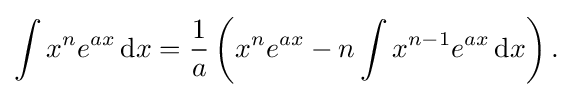
\int x^{n}e^{ax}\,{\text{d}}x={\frac {1}{a}}\left(x^{n}e^{ax}-n\int x^{n-1}e^{ax}\,{\text{d}}x\right).\!